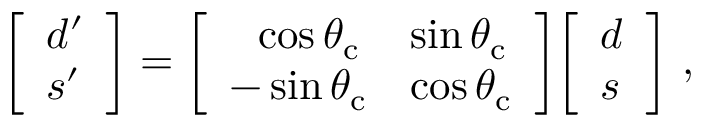
{ \left[ \begin{array} { l } { d ^ { \prime } } \\ { s ^ { \prime } } \end{array} \right] } = { \left[ \begin{array} { l l } { ~ ~ \cos { \theta _ { \mathrm { c } } } } & { \sin { \theta _ { \mathrm { c } } } } \\ { - \sin { \theta _ { \mathrm { c } } } } & { \cos { \theta _ { \mathrm { c } } } } \end{array} \right] } { \left[ \begin{array} { l } { d } \\ { s } \end{array} \right] } ~ ,